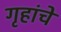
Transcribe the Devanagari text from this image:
गृहांचे